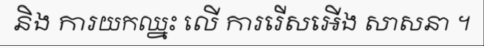
និង ការយកឈ្នះ លើ ការរើសអើង សាសនា ។